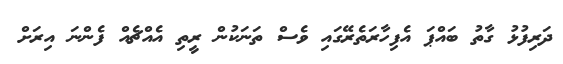
ދަރިފުޅު ގާތު ބައްޕަ އެފިހާރަތެރޭގައި ވެސް ތަނަކުން ރީތި އެއްޗެއް ފެންނަ އިރަށް